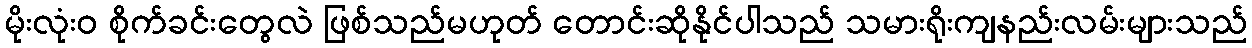
မိုးလုံး၀ စိုက်ခင်းတွေလဲ ဖြစ်သည်မဟုတ် တောင်းဆိုနိုင်ပါသည် သမားရိုးကျနည်းလမ်းများသည်